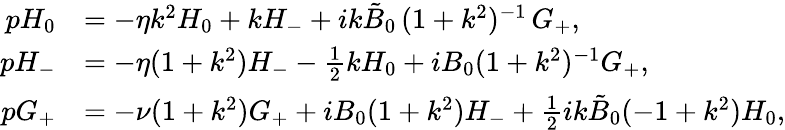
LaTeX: \begin{array}{rl}{pH_{0}}&{=-\eta k^{2}H_{0}+kH_{-}+ik\tilde{B}_{0}\, (1+k^{2})^{-1}\, G_{+},}\\ {pH_{-}}&{=-\eta(1+k^{2})H_{-}-\frac{1}{2}kH_{0}+iB_{0}(1+k^{2})^{-1}G_{+},}\\ {pG_{+}}&{=-\nu(1+k^{2})G_{+}+iB_{0}(1+k^{2})H_{-}+\frac{1}{2}{ik\tilde{B}_{0}}(-1+k^{2})H_{0},}\end{array}